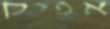
אפיק